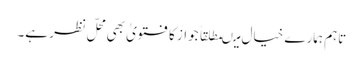
تاہم ہمارے خیال میںمطلقاً جواز کا فتویٰ بھی محلّ نظر ہے۔